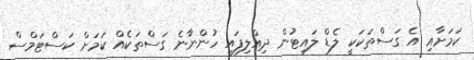
ކަމަށާއި އެ ގަސްތަކަކީ ލެޑް ލައިޓުން ދިއްލިފައި ހުންނާނެ ގަސްތަކެއް ކަމަށް ކަސްޓަމްސް